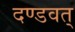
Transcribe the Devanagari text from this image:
दण्डवत्‌